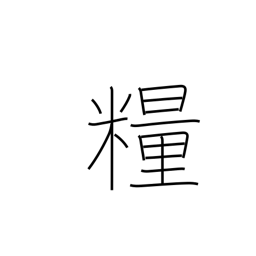
Meaning: provisions